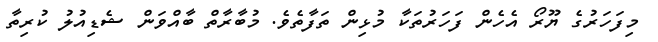
މިފަހަރުގެ ޔޫރޯ އެހެން ފަހަރުތަކާ މުޅިން ތަފާތެވެ. މުބާރާތް ބާއްވަން ޝެޑިއުލު ކުރިތާ